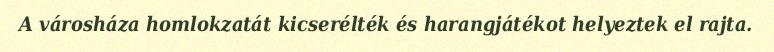
A városháza homlokzatát kicserélték és harangjátékot helyeztek el rajta.